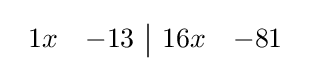
{\begin{array}{rr|rr}1x&-13&16x&-81\end{array}}